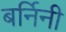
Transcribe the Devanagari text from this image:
बर्निनी